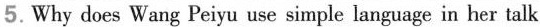
5.Why does Wang Peiyu use simple language in her talk